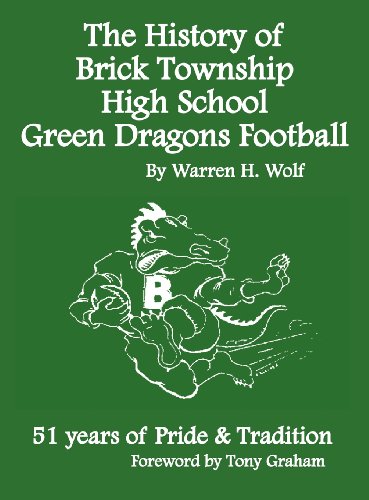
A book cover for The History of Brick Township High School Football: 51 Years of Pride & Tradition; Warren Wolf; Sports & Outdoors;